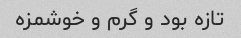
تازه بود و گرم و خوشمزه